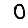
Digit: 0